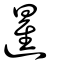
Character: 暹